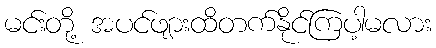
မင်းတို့ အပင်ဖျားထိတက်နိုင်ကြပါ့မလား